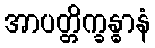
အာပတ္တိက္ခန္ဓာနံ